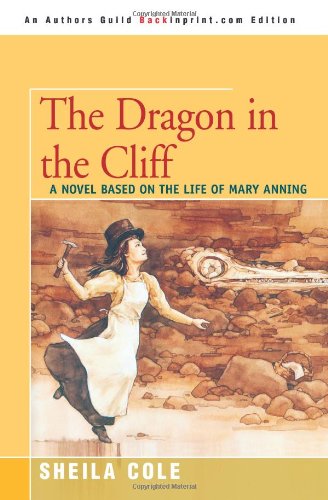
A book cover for The Dragon in the Cliff: A Novel Based on the Life of Mary Anning; Sheila Cole; Teen & Young Adult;